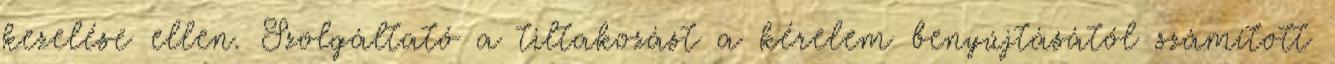
kezelése ellen. Szolgáltató a tiltakozást a kérelem benyújtásától számított